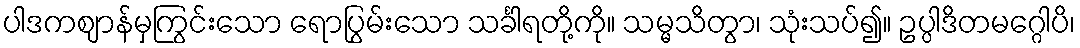
ပါဒကဈာန်မှကြွင်းသော ရောပြွမ်းသော သင်္ခါရတို့ကို။ သမ္မသိတွာ၊ သုံးသပ်၍။ ဥပ္ပါဒိတမဂ္ဂေါပိ၊